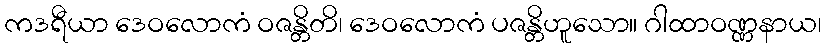
ကဒရီယာ ဒေဝလောကံ ဝဇန္တိတိ၊ ဒေဝလောကံ ပဇန္တိဟူသော။ ဂါထာဝဏ္ဏနာယ၊